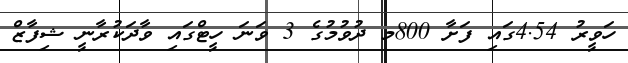
ހަވީރު 4.54ގައި ފަށާ 800މ ދުވުމުގެ 3 ވަނަ ހީޓްގައި ވާދަކުރާނީ ޝިފާޒް